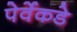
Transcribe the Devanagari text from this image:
पेर्वेकडे